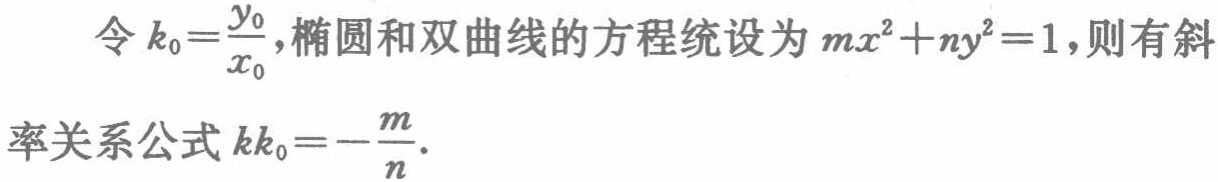
令\(k_{0}=\frac{y_{0}}{x_{0}}\)，椭圆和双曲线的方程统设为\(mx^{2}+ny^{2}=1\)，则有斜率关系公式\(kk_{0}=-\frac{m}{n}\)。